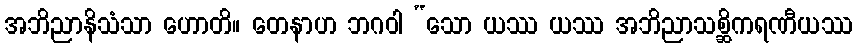
အဘိညာနိသံသာ ဟောတိ။ တေနာဟ ဘဂဝါ “သော ယဿ ယဿ အဘိညာသစ္ဆိကရဏီယဿ